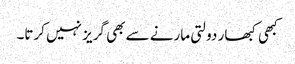
کبھی کبھار دولتی مارنے سے بھی گریز نہیں کرتا۔